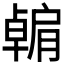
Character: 𫆶